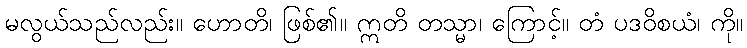
မလွယ်သည်လည်း။ ဟောတိ၊ ဖြစ်၏။ ဣတိ တသ္မာ၊ ကြောင့်။ တံ ပဒဝိစယံ၊ ကို။